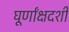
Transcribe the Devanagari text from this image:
घूर्णांक्षदर्शी